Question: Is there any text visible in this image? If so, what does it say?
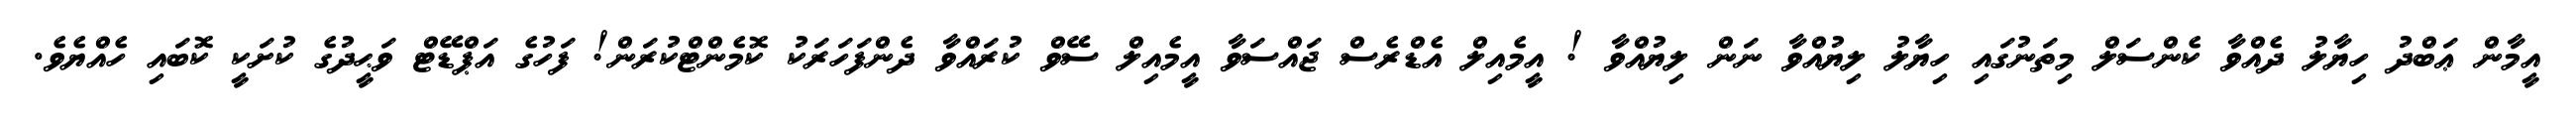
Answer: އީމާން ޢަބްދު ހިޔާލު ދެއްވާ ކެންސަލް މިތަނުގައި ހިޔާލު ލިޔުއްވާ ނަން ލިޔުއްވާ ! އީމެއިލް އެޑްރެސް ޖައްސަވާ އީމެއިލް ސޭވް ކުރައްވާ ދެންފަހަރަކު ކޮމެންޓްކުރަން! ފަހުގެ އަޕްޑޭޓް ވަޙީދުގެ ކުށަކީ ކޮބައި ހެއްޔެވެ.